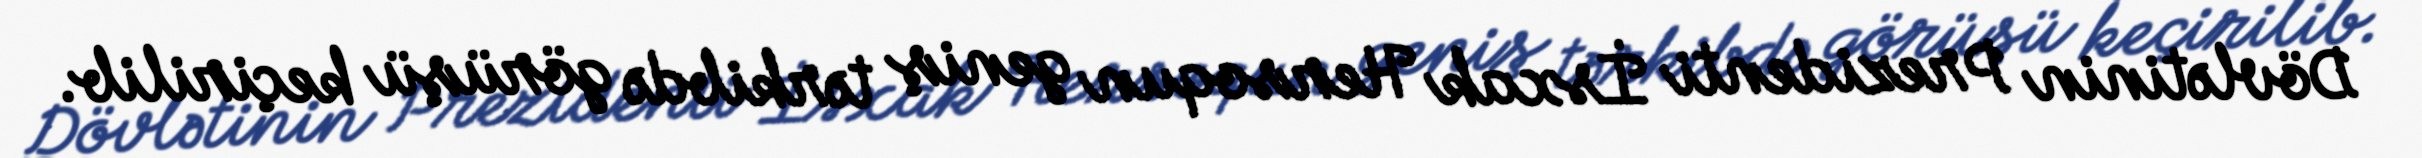
Dövlətinin Prezidenti İsxak Hersoqun geniş tərkibdə görüşü keçirilib.